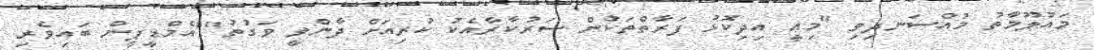
މައުލޫމާތު މުއްސަނދިވި "މިއީ އިދިކޮޅު ފަރާތްތަކުން ސަރުކާރާއެކު ކުރިއަށް ދާންވީ ވަގުތު""އެމްޑީޕީން ބައިވެރި